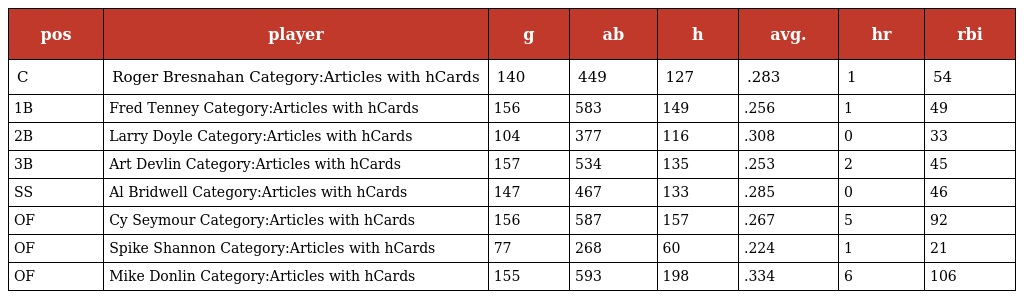
| pos | player | g | ab | h | avg. | hr | rbi |
 | --- | --- | --- | --- | --- | --- | --- | --- |
 | C | Roger Bresnahan Category:Articles with hCards | 140 | 449 | 127 | .283 | 1 | 54 |
 | 1B | Fred Tenney Category:Articles with hCards | 156 | 583 | 149 | .256 | 1 | 49 |
 | 2B | Larry Doyle Category:Articles with hCards | 104 | 377 | 116 | .308 | 0 | 33 |
 | 3B | Art Devlin Category:Articles with hCards | 157 | 534 | 135 | .253 | 2 | 45 |
 | SS | Al Bridwell Category:Articles with hCards | 147 | 467 | 133 | .285 | 0 | 46 |
 | OF | Cy Seymour Category:Articles with hCards | 156 | 587 | 157 | .267 | 5 | 92 |
 | OF | Spike Shannon Category:Articles with hCards | 77 | 268 | 60 | .224 | 1 | 21 |
 | OF | Mike Donlin Category:Articles with hCards | 155 | 593 | 198 | .334 | 6 | 106 |